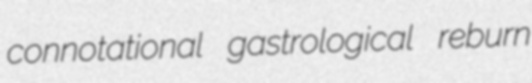
connotational gastrological reburn